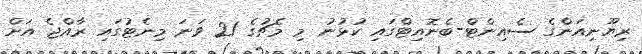
ރިޔޫނިއަންގެ ސެއިންޓް-ބެނޮއިޓްގައި ކުޅުނު މި މެޗުގެ 21 ވަނަ މިނެޓުގައި ރާއްޖެ އަށް